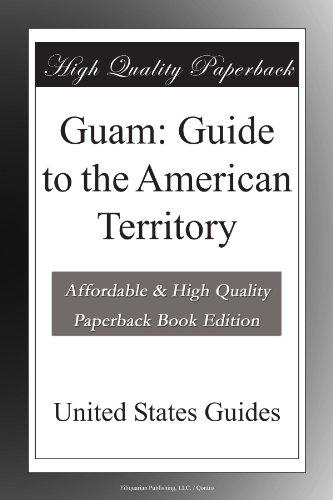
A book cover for Guam: Guide to the American Territory; United States Guides; Travel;